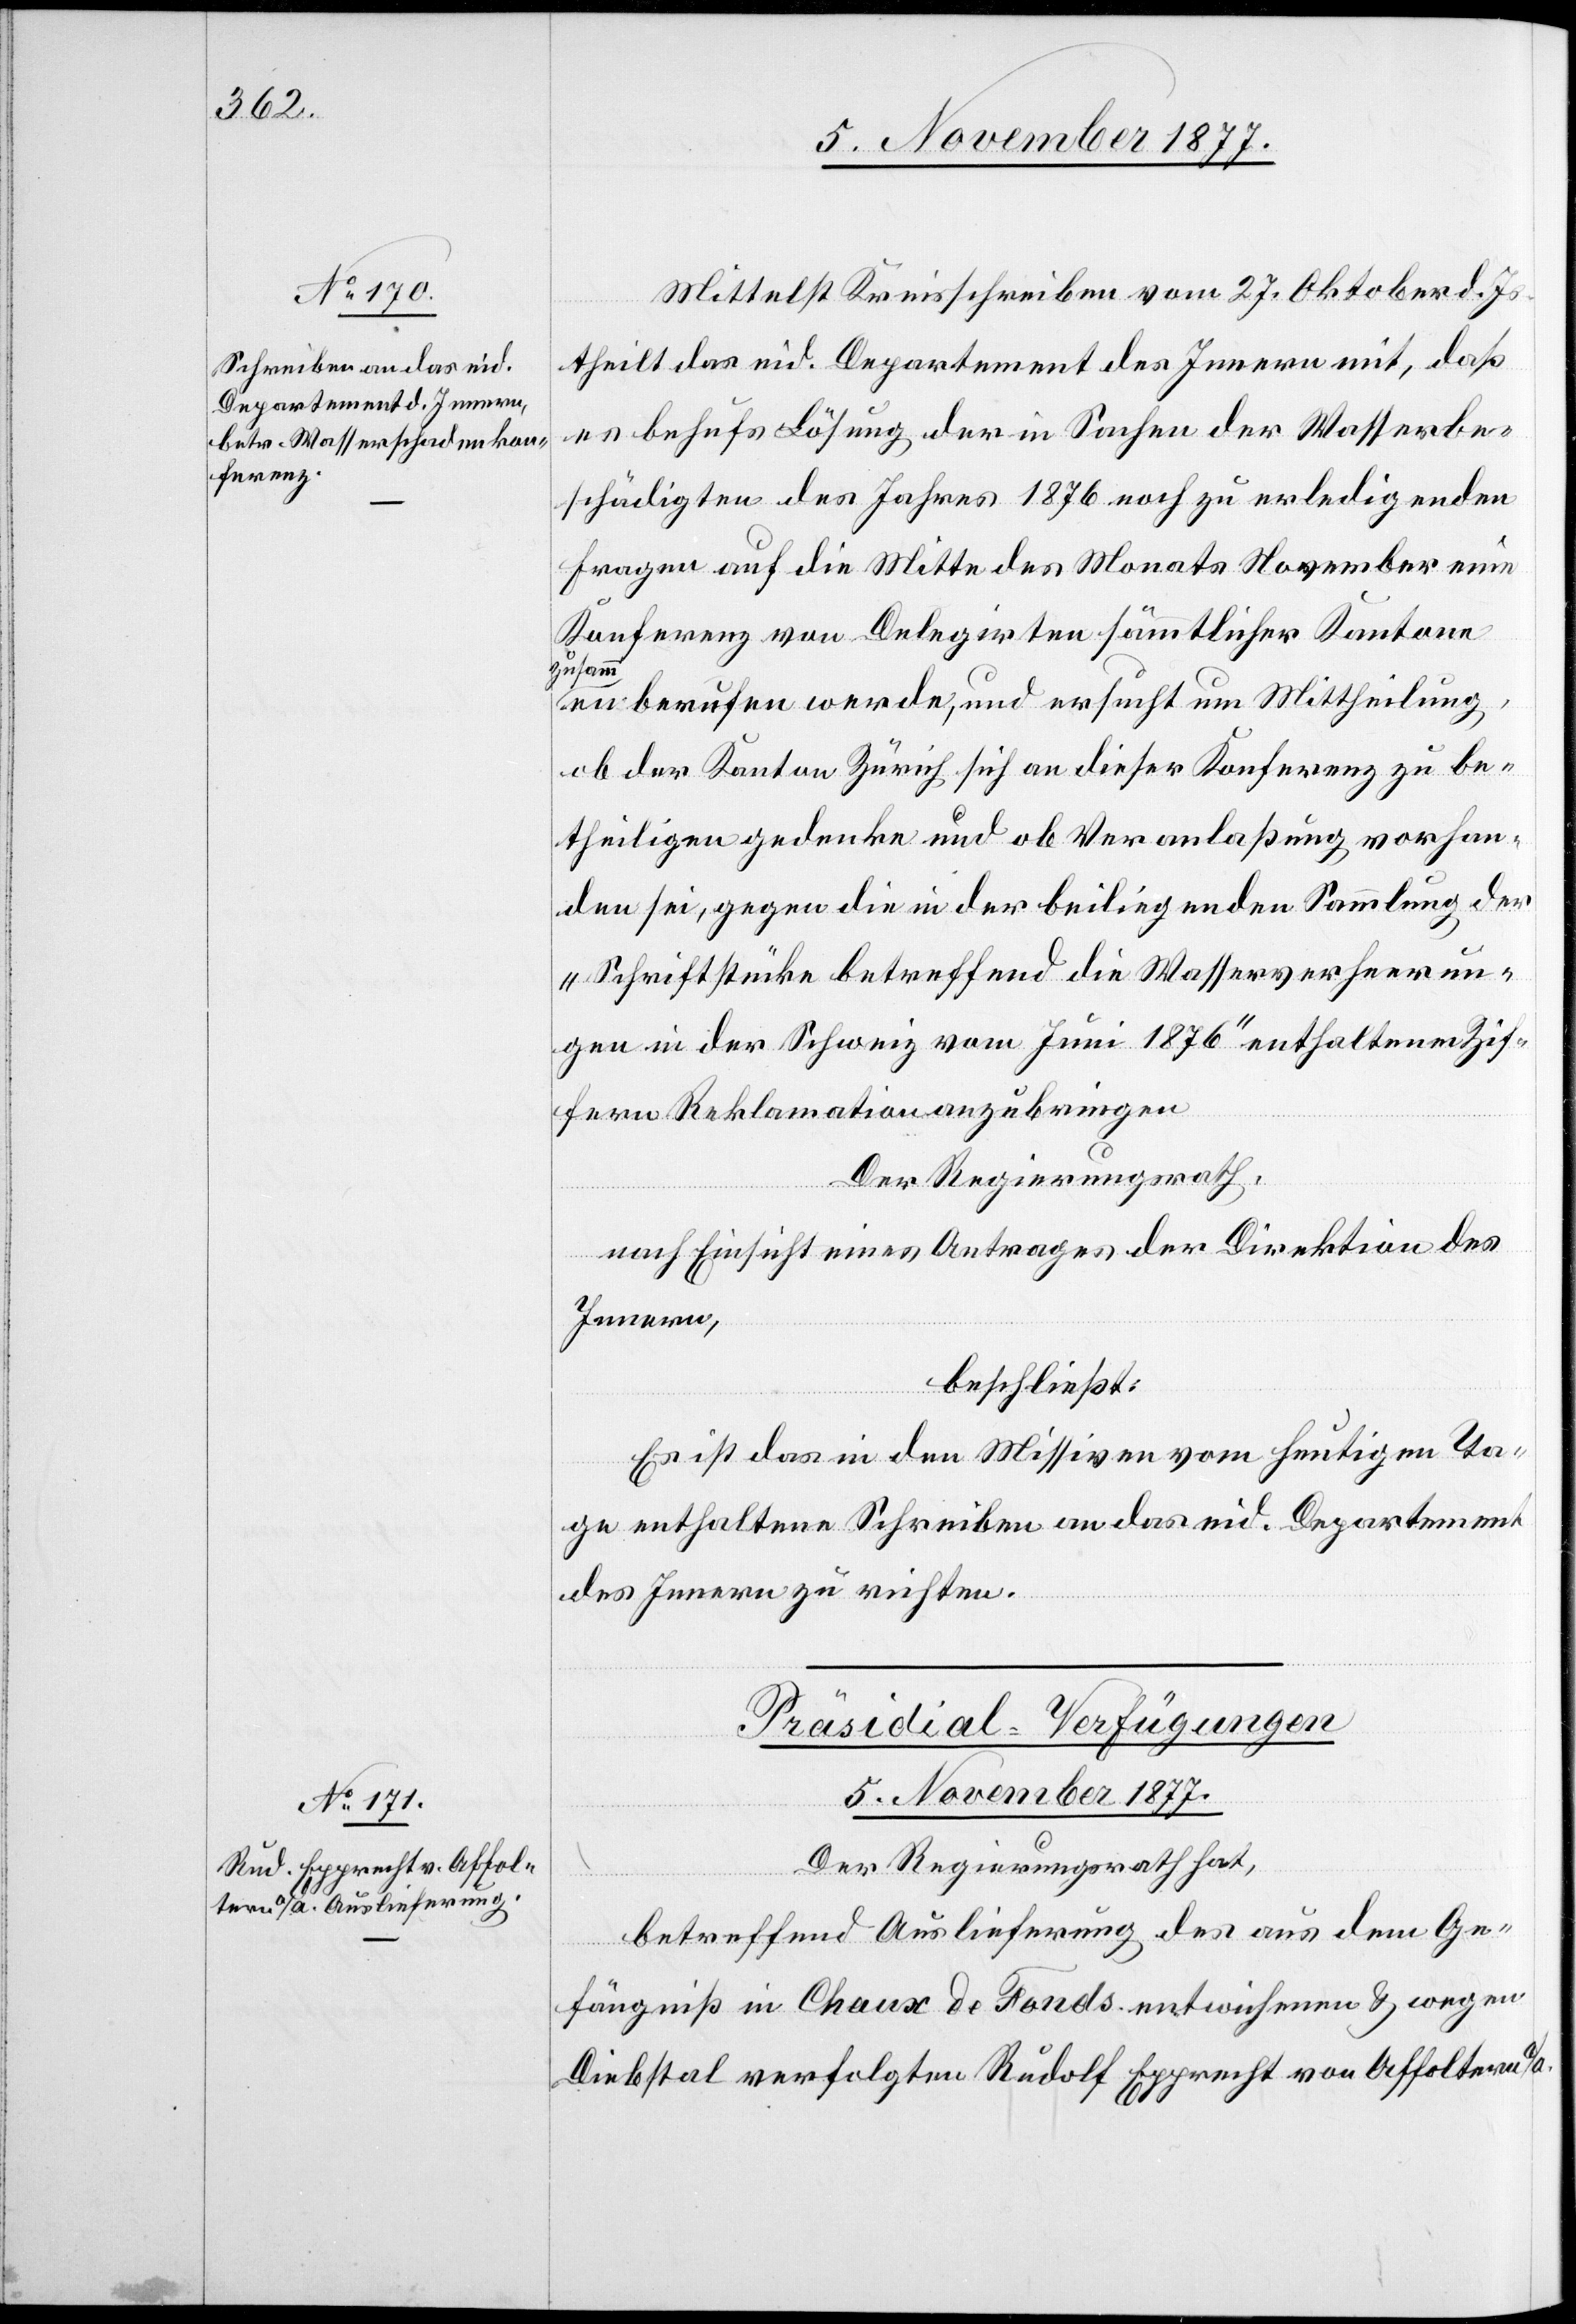
Mittelst Kreisschreiben vom 27. Oktober d. J¬
s.
theilt das eid. Departement des Innern mit, daß
es behufs Lösung der in Sachen der Wasserbe¬
schädigten des Jahres 1876 noch zu erledigenden
Fragen auf die Mitte des Monats November eine
Konferenz von Delegirten sämmtlicher Kantone
zusamm¬
en berufen werde, und ersucht um Mittheilung,
ob der Kanton Zürich sich an dieser Konferenz zu be¬
theiligen gedenke und ob Veranlaßung vorhan¬
den sei, gegen die in der beiliegenden Sammlung der
„Schriftstücke betreffend die Wasserverheerun¬
gen in der Schweiz vom Juni 1876“ enthaltenen Zif¬
fern Reklamation anzubringen
Der Regierungsrath,
nach Einsicht eines Antrages der Direktion des
Innern,
beschließt:
Es ist das in den Missiven vom heutigen Ta¬
ge enthaltene Schreiben an das eid. Departement
des Innern zu richten.
Präsidial-Verfügungen
5. November 1877.
Der Regierungsrath hat,
betreffend Auslieferung des aus dem Ge¬
fängniß in Chaux de Fonds entwichenen & wegen
Diebstal verfolgten Rudolf Epprecht von Affoltern a/A.